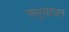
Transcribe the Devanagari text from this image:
अनुसाधन